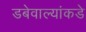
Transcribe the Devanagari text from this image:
डबेवाल्यांकडे